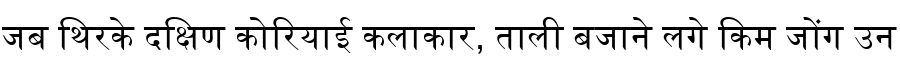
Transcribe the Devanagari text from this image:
जब थिरके दक्षिण कोरियाई कलाकार, ताली बजाने लगे किम जोंग उन